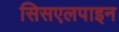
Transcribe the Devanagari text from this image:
सिसएलपाइन